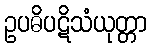
ဥပဓိပဋိသံယုတ္တာ